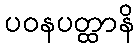
ပဝနပတ္ထာနိ